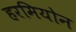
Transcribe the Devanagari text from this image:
हरमियोन